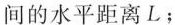
间的水平距离L；